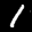
Label: 1